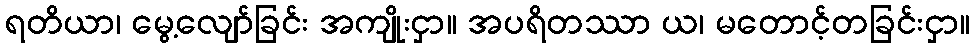
ရတိယာ၊ မွေ့လျော်ခြင်း အကျိုးငှာ။ အပရိတဿာ ယ၊ မတောင့်တခြင်းငှာ။